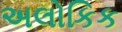
અલોકિક